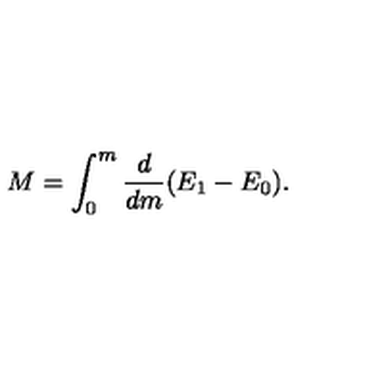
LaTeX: M = \int _ { 0 } ^ { m } { \frac { d } { d m } } ( E _ { 1 } - E _ { 0 } ) .